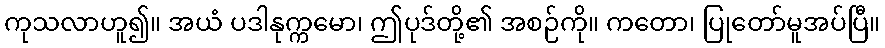
ကုသလာဟူ၍။ အယံ ပဒါနုက္ကမော၊ ဤပုဒ်တို့၏ အစဉ်ကို။ ကတော၊ ပြုတော်မူအပ်ပြီ။